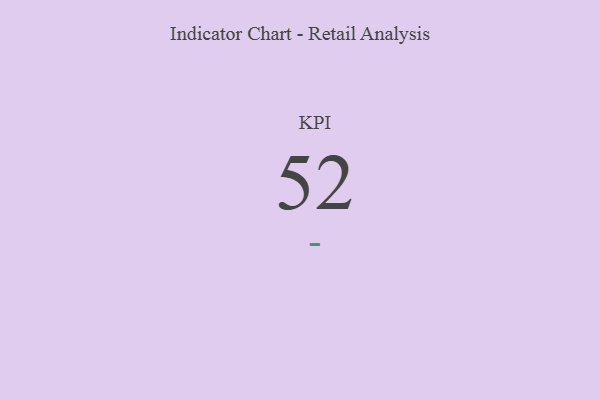
{"axis": {"x": "KPI", "y": "Value"}, "legend": [""], "data": [{"x": "KPI", "y": 52, "type": ""}]}